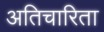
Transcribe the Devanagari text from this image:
अतिचारिता